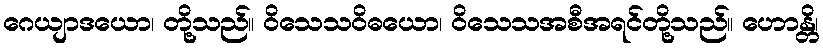
ဂေယျာဒယော၊ တို့သည်။ ဝိသေသဝိဓယော၊ ဝိသေသအစီအရင်တို့သည်။ ဟောန္တိ၊